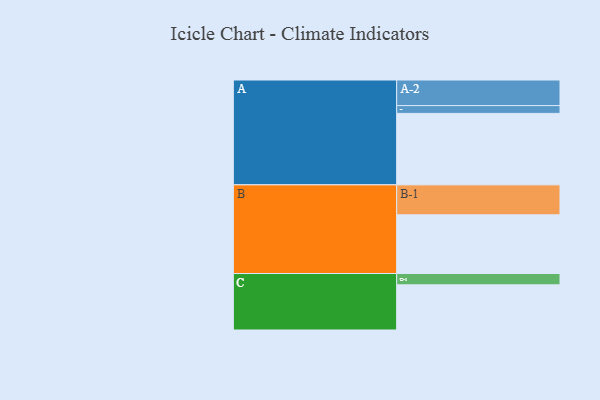
{"axis": {"x": "Segment", "y": "Value"}, "legend": ["", "A", "B", "C"], "data": [{"x": "A", "y": 486, "type": ""}, {"x": "B", "y": 399, "type": ""}, {"x": "C", "y": 307, "type": ""}, {"x": "A-1", "y": 53, "type": "A"}, {"x": "A-2", "y": 174, "type": "A"}, {"x": "B-1", "y": 204, "type": "B"}, {"x": "C-1", "y": 77, "type": "C"}]}